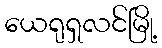
ယေရုရှလင်မြို့